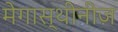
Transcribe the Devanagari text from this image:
मेगास्थीनीज़